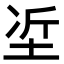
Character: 𡋈